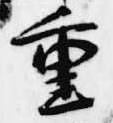
重